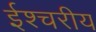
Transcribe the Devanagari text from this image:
ईश्चरीय